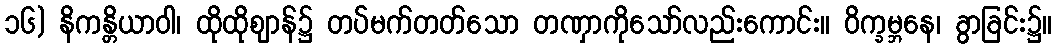
၁၆) နိကန္တိယာဝါ၊ ထိုထိုဈာန်၌ တပ်မက်တတ်သော တဏှာကိုသော်လည်းကောင်း။ ဝိက္ခမ္ဘနေ၊ ခွာခြင်း၌။